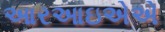
આરઆઇએએ